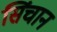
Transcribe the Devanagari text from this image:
सिंचान